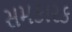
સમકારક